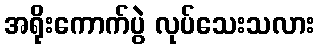
အရိုးကောက်ပွဲ လုပ်သေးသလား